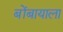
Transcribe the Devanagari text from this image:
बोंबायाला